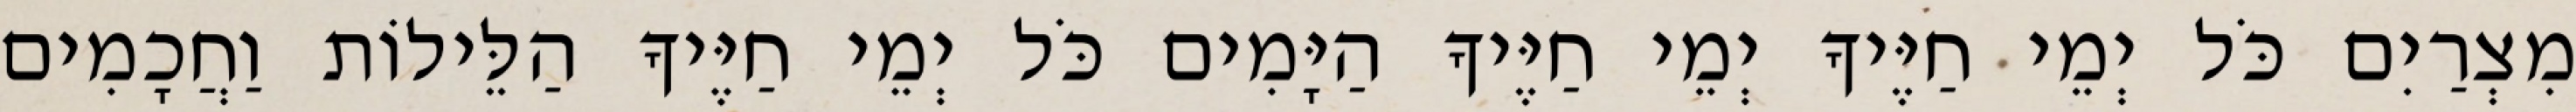
מִצְרַיִם כֹּל יְמֵי חַיֶּיךָ יְמֵי חַיֶּיךָ הַיָּמִים כֹּל יְמֵי חַיֶּיךָ הַלֵּילוֹת וַחֲכָמִים